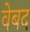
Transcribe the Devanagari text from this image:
वेबद